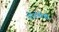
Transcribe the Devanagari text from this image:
नीडपोषी